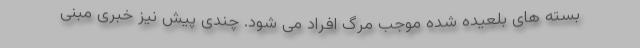
بسته های بلعیده شده موجب مرگ افراد می شود. چندی پیش نیز خبری مبنی